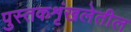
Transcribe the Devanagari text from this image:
पुस्तकशृंखलेतील